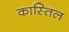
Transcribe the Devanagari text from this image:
कास्तिल